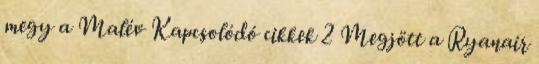
megy a Malév Kapcsolódó cikkek 2 Megjött a Ryanair